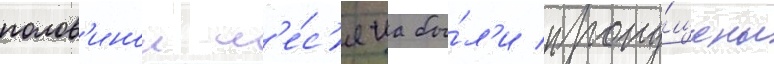
полов'инои м'е́с'яца бы́л'и пропу́щены